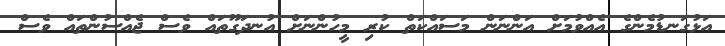
އަޅުގަނޑުމެންގެ އެއްވުމަށް އަންނަން މަސައްކަތް ކުރި މީހުންނަށް އުނދަގޫތައް ވެސް ޖެއްސުންތައް ވެސް